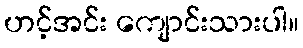
ဟင့်အင်း ကျောင်းသားပါ။